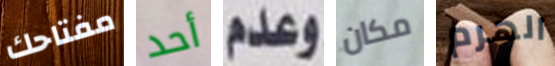
مفتاحك أحد وعدم مكان الهرم